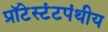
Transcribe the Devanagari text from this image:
प्रॉटेस्टंटपंथीय